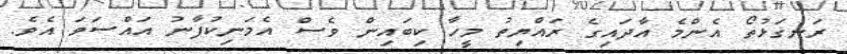
ރަނގަޅުތޯ އެންމެ އާދައިގެ ރައްޔިތު މީހާ ކިބައިން ވެސް އެމަނިކުފާނު އައްސަވަ އެވެ.